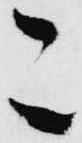
こ